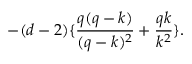
- ( d - 2 ) \{ \frac { q ( q - k ) } { ( q - k ) ^ { 2 } } + \frac { q k } { k ^ { 2 } } \} .